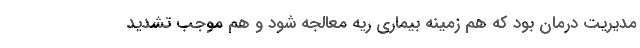
مدیریت درمان بود که هم زمینه بیماری ریه معالجه شود و هم موجب تشدید